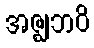
အဇ္ဈဘဝိ